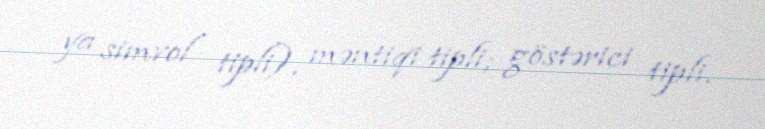
ya simvol tipli); məntiqi tipli; göstərici tipli.